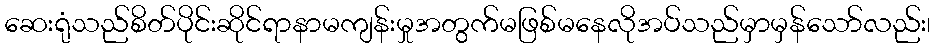
ဆေးရုံသည်စိတ်ပိုင်းဆိုင်ရာနာမကျန်းမှုအတွက်မဖြစ်မနေလိုအပ်သည်မှာမှန်သော်လည်း၊